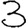
Digit: 3